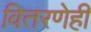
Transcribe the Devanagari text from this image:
वितरणेही